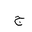
Letter: _gim